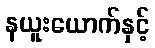
နယူးယောက်နှင့်